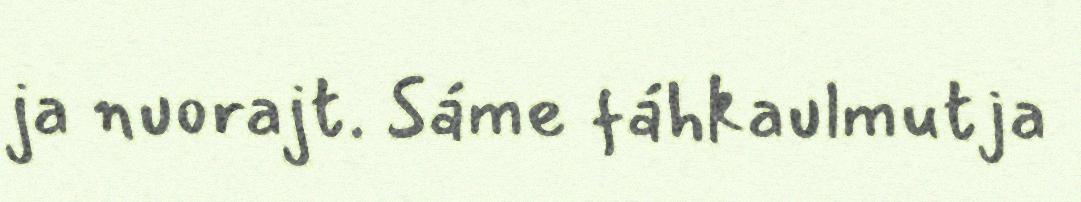
ja nuorajt. Sáme fáhkaulmutja